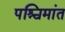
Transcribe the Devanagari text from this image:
पश्चिमांत